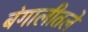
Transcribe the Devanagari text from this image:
बंगालीतले